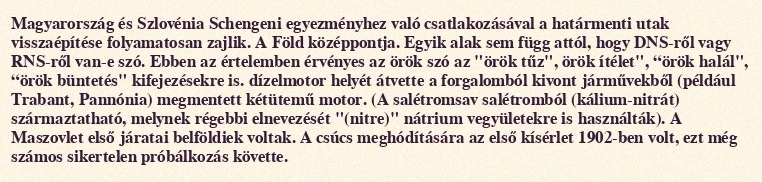
Magyarország és Szlovénia Schengeni egyezményhez való csatlakozásával a határmenti utak visszaépítése folyamatosan zajlik. A Föld középpontja. Egyik alak sem függ attól, hogy DNS-ről vagy RNS-ről van-e szó. Ebben az értelemben érvényes az örök szó az "örök tűz", örök ítélet", “örök halál", “örök büntetés" kifejezésekre is. dízelmotor helyét átvette a forgalomból kivont járművekből (például Trabant, Pannónia) megmentett kétütemű motor. (A salétromsav salétromból (kálium-nitrát) származtatható, melynek régebbi elnevezését "(nitre)" nátrium vegyületekre is használták). A Maszovlet első járatai belföldiek voltak. A csúcs meghódítására az első kísérlet 1902-ben volt, ezt még számos sikertelen próbálkozás követte.